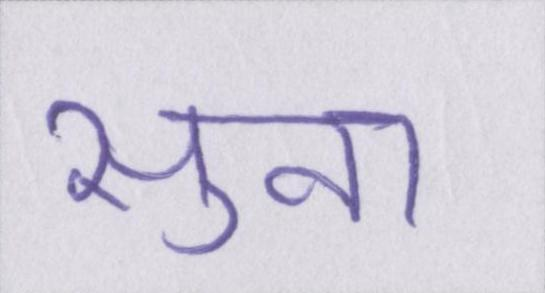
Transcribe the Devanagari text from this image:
सुना